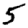
Digit: 5